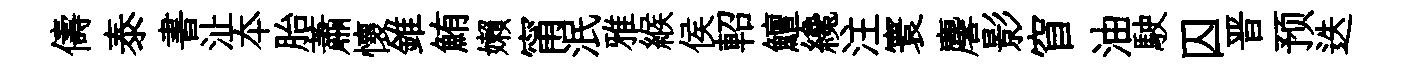
儔泰書沚夲胎蕭懷錐鮪嬾甯泯雅緱侯軺鱣纔注寰麐影窅油駛囚晋预迭